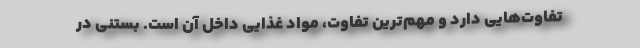
تفاوت‌هایی دارد و مهم‌ترین تفاوت، مواد غذایی داخل آن است. بستنی در